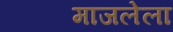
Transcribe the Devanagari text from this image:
माजलेला